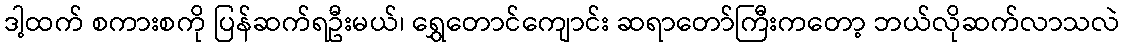
ဒါ့ထက် စကားစကို ပြန်ဆက်ရဦးမယ်၊ ရွှေတောင်ကျောင်း ဆရာတော်ကြီးကတော့ ဘယ်လိုဆက်လာသလဲ